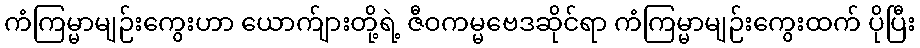
ကံကြမ္မာမျဉ်းကွေးဟာ ယောက်ျားတို့ရဲ့ ဇီဝကမ္မဗေဒဆိုင်ရာ ကံကြမ္မာမျဉ်းကွေးထက် ပိုပြီး